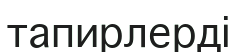
тапирлерді